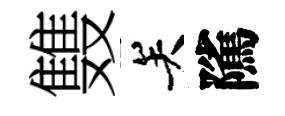
䨇关隲